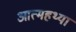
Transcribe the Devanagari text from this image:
आत्महथ्या